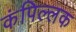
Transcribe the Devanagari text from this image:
कंपिल्लक